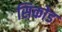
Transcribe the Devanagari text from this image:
सिकोड